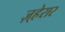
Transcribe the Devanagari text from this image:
ज़्हेरार